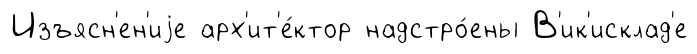
Изъясн'ен'иjе арх'ит'е́ктор надстро́ены В'ик'исклад'е